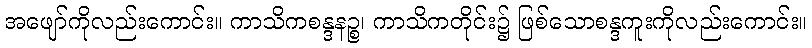
အဖျော်ကိုလည်းကောင်း။ ကာသိကစန္ဒနဉ္စ၊ ကာသိကတိုင်း၌ ဖြစ်သောစန္ဒကူးကိုလည်းကောင်း။